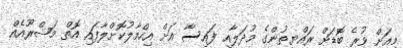
މިއަށް ވުރެ ބޮޑަށް ރައްޔިތުންގެ މުދަލާއި ފައިސާ އަށް އިހްމާލުކޮށްލާފައި އޮތް މަޝްރޫއެއް